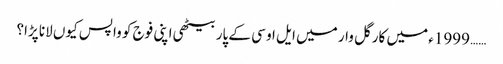
…… 1999ء میں کارگل وار میں ایل او سی کے پار بیٹھی اپنی فوج کو واپس کیوں لانا پڑا؟